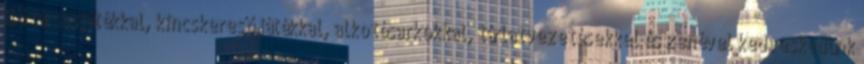
Élő társasjátékkal, kincskereső játékkal, alkotósarkokkal, tárlatvezetésekkel és zenével kedveskedünk